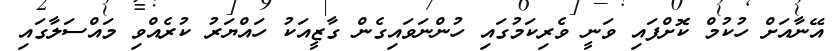
އޭނާއަށް ހުކުމް ކޮށްފައި ވަނީ ވެރިކަމުގައި ހުންނަވައިގެން ގާޒީއަކު ހައްޔަރު ކުރެއްވި މައްސަލާގައި